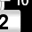
Digit: 2